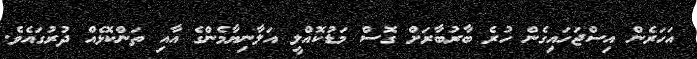
އަހަރެން އިސްޖަހައިގެން ހުރެ ބާރުބާރަށް ގޮސް މަޑުކޮއްލީ އަލާނިޔާމެންގެ އާއި ތަންކޮޅެއް ދުރުގައެވެ.